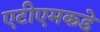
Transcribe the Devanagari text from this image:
एटीएमकडे